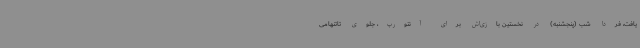
یافت، فردا شب (پنجشنبه) در نخستین بازی‌اش برای آنتورپ، جلوی تاتنهامی